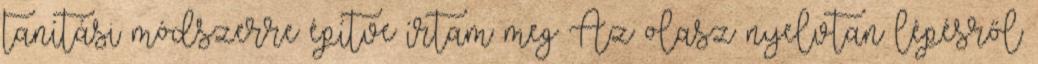
tanítási módszerre építve írtam meg Az olasz nyelvtan lépésről